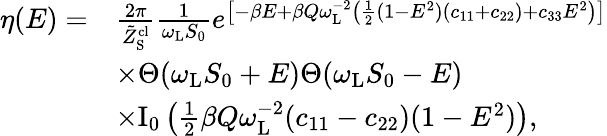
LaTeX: \begin{array}{rl}{\eta(E)=}&{\frac{2\pi}{\tilde{Z}_{\mathrm{S}}^{\mathrm{cl}}}\frac{1}{\omega_{\mathrm{L}}S_{0}}e^{\left[-\beta E+\beta Q\omega_{\mathrm{L}}^{-2}\left(\frac{1}{2}(1-E^{2})(c_{11}+c_{22})+c_{33}E^{2}\right)\right]}}\\ &{\times\Theta(\omega_{\mathrm{L}}S_{0}+E)\Theta(\omega_{\mathrm{L}}S_{0}-E)}\\ &{\times\mathrm{I}_{0}\left(\frac{1}{2}\beta Q\omega_{\mathrm{L}}^{-2}(c_{11}-c_{22})(1-E^{2})\right),}\end{array}